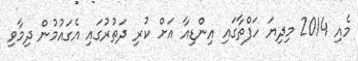
މެއި 2014 މިދިޔަ ހަފްތާގައި އިންޑިއާ އަށް ކުރި ދަތުރުގައި އެގައުމުން ދިމާވި